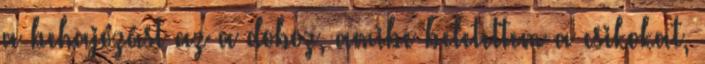
a behajózást az a doboz, amibe beletettem a csikokat,